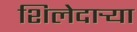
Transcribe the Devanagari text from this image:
शिलेदार्‍या